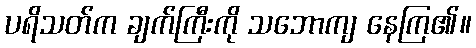
ပရိသတ်က ချက်ကြီးကို သဘောကျ နေကြ၏။